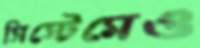
সিস্টেমেও